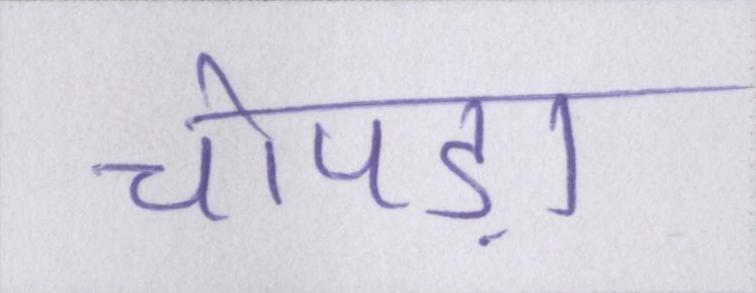
चोपड़ा